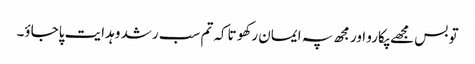
تو بس مجھے پکارو اور مجھ پہ ایمان رکھو تاکہ تم سب رشد و ہدایت پاجاؤ۔